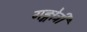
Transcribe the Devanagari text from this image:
गङ्गोत्री